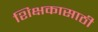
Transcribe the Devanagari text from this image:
शिक्षकासाठी